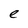
Character: e